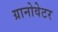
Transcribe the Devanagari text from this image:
ग्रानोवेटर